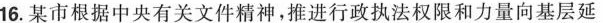
16.某市根据中央有关文件精神，推进行政执法权限和力量向基层